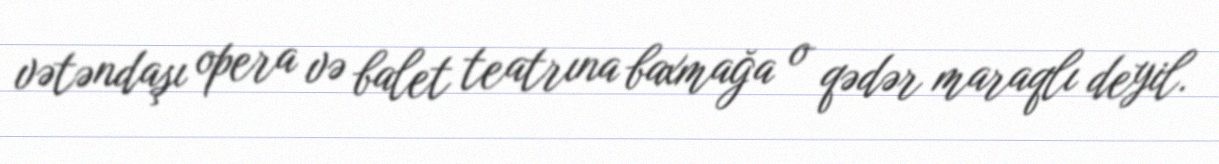
vətəndaşı opera və balet teatrına baxmağa o qədər maraqlı deyil.